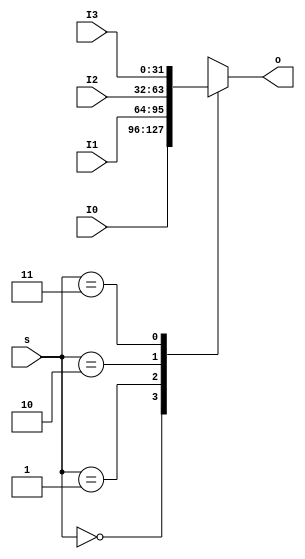
`timescale 1ns / 1ps
//////////////////////////////////////////////////////////////////////////////////
// Company: 
// Engineer: 
// 
// Design Name: 
// Module Name:    MUX8T1_32 
// Project Name: 
// Target Devices: 
// Tool versions: 
// Description: 
//
// Dependencies: 
//
// Revision: 
// Revision 0.01 - File Created
// Additional Comments: 
//
//////////////////////////////////////////////////////////////////////////////////
module   MUX4T1_32(input [1:0]s,
						 input [31:0]I0,
						 input [31:0]I1,
						 input [31:0]I2,
						 input [31:0]I3,						
						 output reg[31:0]o
						 );

		always@*				//324,I0I1I2I30123
			case(s)
				2'b00: o = I0;
				2'b01: o = I1;
				2'b10: o = I2;
				2'b11: o = I3;
			endcase
			
endmodule